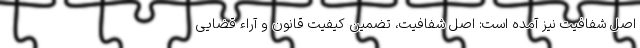
اصل شفافیت نیز آمده است: اصل شفافیت، تضمین کیفیت قانون و آراء قضایی